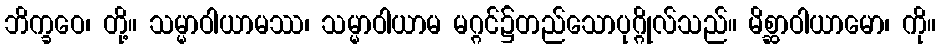
ဘိက္ခဝေ၊ တို့။ သမ္မာဝါယာမဿ၊ သမ္မာဝါယာမ မဂ္ဂင်၌တည်သောပုဂ္ဂိုလ်သည်။ မိစ္ဆာဝါယာမော၊ ကို။